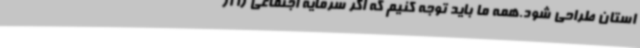
استان طراحی شود.همه ما باید توجه کنیم که اگر سرمایه اجتماعی را از